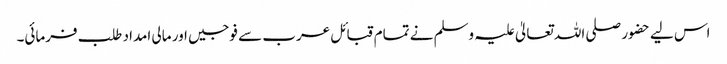
اس لیے حضور صلی اللہ تعالیٰ علیہ وسلم نے تمام قبائل عرب سے فوجیں اور مالی امداد طلب فرمائی۔